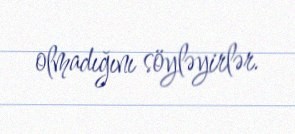
olmadığını söyləyirlər.